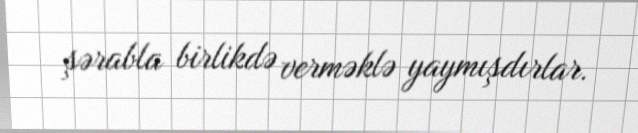
şərabla birlikdə verməklə yaymışdırlar.